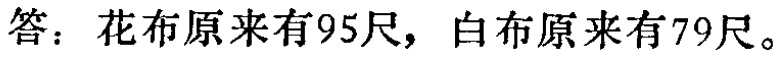
答：花布原来有95尺，白布原来有79尺。